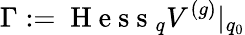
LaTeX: \Gamma:=\mathrm{~H~e~s~s~}_{q}V^{(g)}|_{q_{0}}